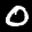
Label: 0